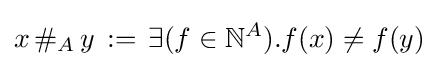
x\,\#_{A}\,y\,:=\,\exists (f\in {\mathbb {N} }^{A}).f(x)\neq f(y)